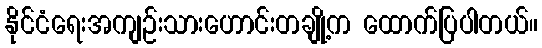
နိုင်ငံရေးအကျဉ်းသားဟောင်းတချို့က ထောက်ပြပါတယ်။